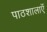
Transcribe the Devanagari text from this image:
पाठशालाऍं